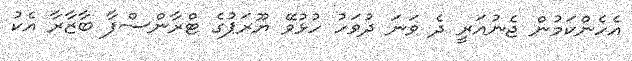
އެހެންކަމުން ޖެނުއަރީ ދެ ވަނަ ދުވަހު ހުޅުވޭ ޔޫރަޕުގެ ޓްރާންސްފާ ބާޒާރާ އެކު